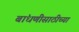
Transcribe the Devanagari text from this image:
बांधणीसाठीच्या